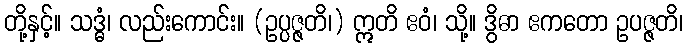
တို့နှင့်။ သဒ္ဓံ၊ လည်းကောင်း။ (ဥပ္ပဇ္ဇတိ၊) ဣတိ ဧဝံ၊ သို့။ ဒွိဓာ ဧကတော ဥပဇ္ဇတိ၊